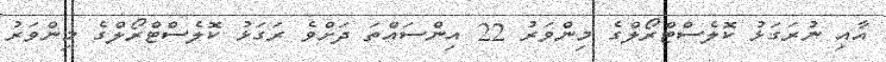
އާއި ނުރަގަޅު ކޮލެސްޓްރޯލްގެ މިންވަރު 22 އިންސައްތަ ދަށްވެ ރަގަޅު ކޮލެސްޓްރޯލްގެ މިންވަރު